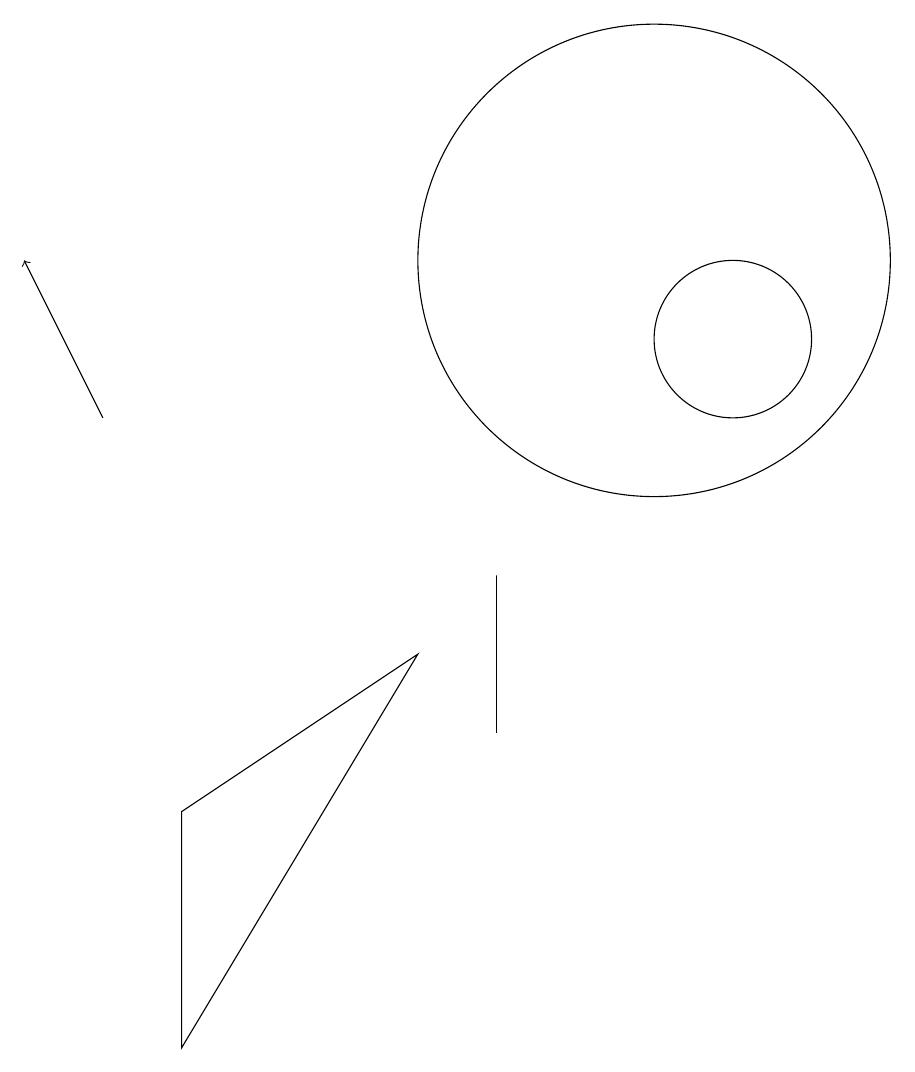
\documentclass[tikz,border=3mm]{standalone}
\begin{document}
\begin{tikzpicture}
\draw[->] (3,10) -- (2,12);
\draw (7,7) -- (4,5) -- (4,2) -- cycle;
\draw (10,12) circle (3);
\draw (10,10) circle (0);
\draw (8,8) -- (8,6) -- (8,7) -- cycle;
\draw (11,11) circle (1);
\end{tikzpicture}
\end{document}